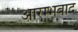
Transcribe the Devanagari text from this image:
आरम्भवाद